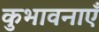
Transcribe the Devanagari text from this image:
कुभावनाएँ